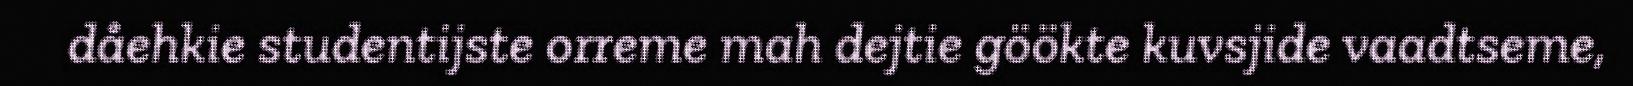
dåehkie studentijste orreme mah dejtie göökte kuvsjide vaadtseme,